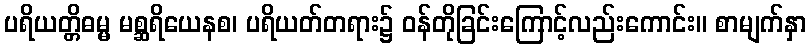
ပရိယတ္တိဓမ္မ မစ္ဆရိယေနစ၊ ပရိယတ်တရား၌ ဝန်တိုခြင်းကြောင့်လည်းကောင်း။ စာမျက်နှာ